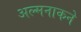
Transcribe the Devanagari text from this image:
अल्मनाकने